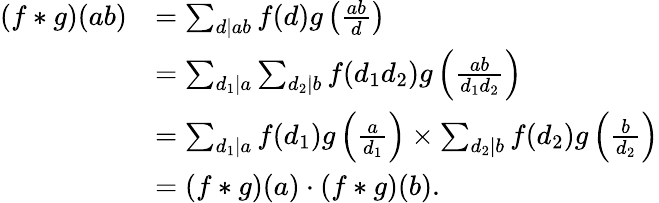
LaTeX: {\begin{array}{rl}{(f\ast g)(ab)}&{=\sum_{d|ab}f(d)g\left({\frac{ab}{d}}\right)}\\ &{=\sum_{d_{1}|a}\sum_{d_{2}|b}f(d_{1}d_{2})g\left({\frac{ab}{d_{1}d_{2}}}\right)}\\ &{=\sum_{d_{1}|a}f(d_{1})g\left({\frac{a}{d_{1}}}\right)\times\sum_{d_{2}|b}f(d_{2})g\left({\frac{b}{d_{2}}}\right)}\\ &{=(f\ast g)(a)\cdot(f\ast g)(b).}\end{array}}